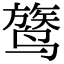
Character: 𬸦